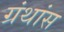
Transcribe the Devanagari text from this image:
ग्रंथांस